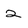
Character: 2